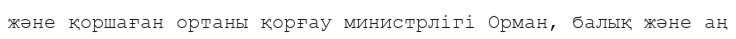
және қоршаған ортаны қорғау министрлігі Орман, балық және аң